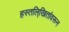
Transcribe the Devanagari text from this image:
हस्तलि्खितांवरून